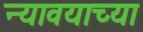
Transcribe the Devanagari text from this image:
न्यावयाच्या